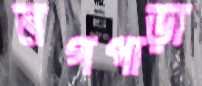
নগপাড়া